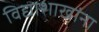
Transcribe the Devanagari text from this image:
विद्याशाखांना